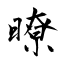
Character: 暸